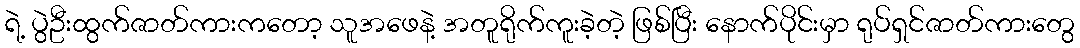
ရဲ့ ပွဲဦးထွက်ဇာတ်ကားကတော့ သူအဖေနဲ့ အတူရိုက်ကူးခဲ့တဲ့ ဖြစ်ပြီး နောက်ပိုင်းမှာ ရုပ်ရှင်ဇာတ်ကားတွေ